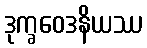
ဒုက္ခဝေဒနိယဿ